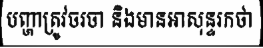
បញ្ហាត្រូវចរចា និងមានអាសុន្ទរកថា